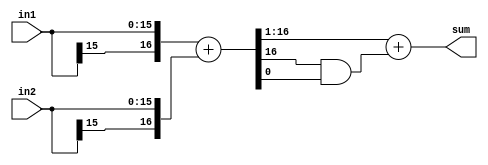

module add2_and_round
  #(parameter WIDTH=16)
    (input [WIDTH-1:0] in1,
     input [WIDTH-1:0] in2,
     output [WIDTH-1:0] sum);

   wire [WIDTH:0] 	sum_int = {in1[WIDTH-1],in1} + {in2[WIDTH-1],in2};
   assign 		sum = sum_int[WIDTH:1] + (sum_int[WIDTH] & sum_int[0]);
   
endmodule // add2_and_round